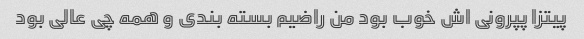
پیتزا پپرونی اش خوب بود من راضیم بسته بندی و همه چی عالی بود